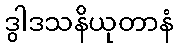
ဒွါဒသနိယုတာနံ